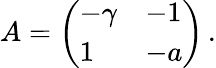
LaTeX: A=\left(\begin{array}{ll}{-\gamma}&{-1}\\ {1}&{-a}\end{array}\right)\, .